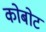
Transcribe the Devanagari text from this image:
कोबोट